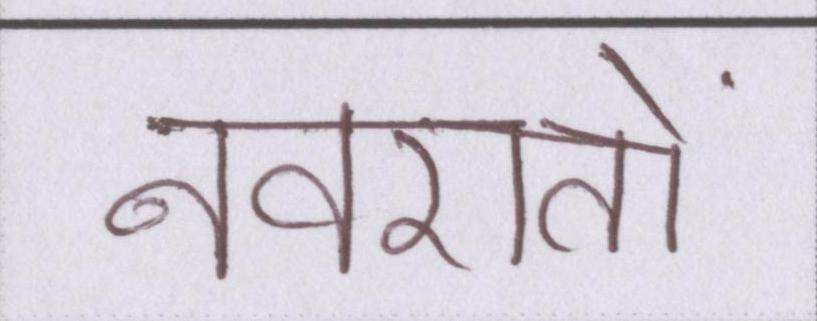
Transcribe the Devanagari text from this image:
नवरातों